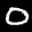
Label: 0